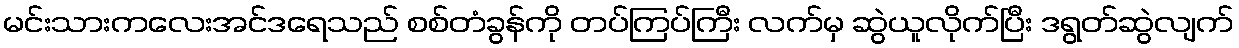
မင်းသားကလေးအင်ဒရေသည် စစ်တံခွန်ကို တပ်ကြပ်ကြီး လက်မှ ဆွဲယူလိုက်ပြီး ဒရွတ်ဆွဲလျက်